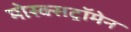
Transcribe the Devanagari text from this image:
मोस्क्सट्रॉमेन